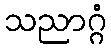
သညာဂ္ဂံ